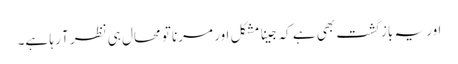
اور یہ باز گشت بھی ہے کہ جینا مشکل اور مرنا تو محال ہی نظر آ رہا ہے۔